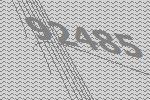
92485